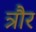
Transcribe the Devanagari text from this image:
त्रौर